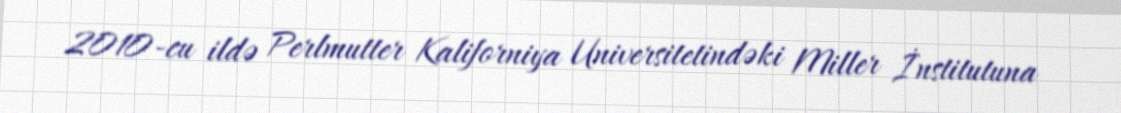
2010-cu ildə Perlmutter Kaliforniya Universitetindəki Miller İnstitutuna